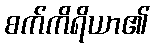
စက်ကိရိယာ၏